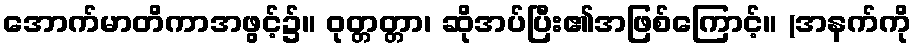
အောက်မာတိကာအဖွင့်၌။ ဝုတ္တတ္တာ၊ ဆိုအပ်ပြီး၏အဖြစ်ကြောင့်။ (အနက်ကို